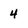
Character: 4